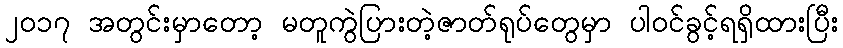
၂၀၁၇ အတွင်းမှာတော့ မတူကွဲပြားတဲ့ဇာတ်ရုပ်တွေမှာ ပါဝင်ခွင့်ရရှိထားပြီး